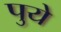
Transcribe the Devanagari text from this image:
पुये